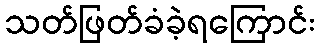
သတ်ဖြတ်ခံခဲ့ရကြောင်း